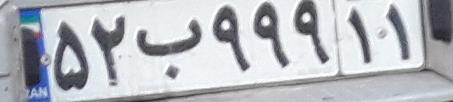
۵۲ب۹۹۹۱۱